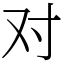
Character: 对